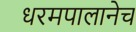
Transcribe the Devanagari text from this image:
धरमपालानेच